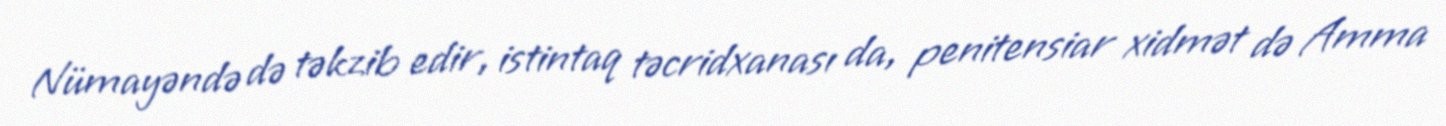
Nümayəndə də təkzib edir, istintaq təcridxanası da, penitensiar xidmət də Amma